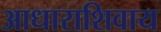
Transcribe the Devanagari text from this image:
आधाराशिवाय